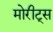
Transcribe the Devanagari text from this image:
मोरीट्स